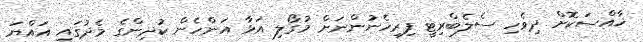
ޚާއްސަކޮށް ދިވެހި ސެލެބްރިޓީ ފިރިހެނުންނަށް މުގޯލި އަޅާ އަންހެން ކުދިންގެ މެދުގައި އައްޔަ